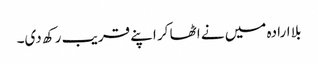
بلا ارادہ میں نے اٹھا کر اپنے قریب رکھ دی۔